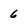
Character: 6